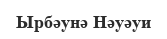
Ырбәунә Нәуәуи